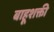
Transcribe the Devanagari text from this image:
बाहूशक्ती